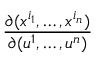
\frac { \partial ( x ^ { i _ { 1 } } , \ldots , x ^ { i _ { n } } ) } { \partial ( u ^ { 1 } , \ldots , u ^ { n } ) }